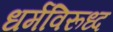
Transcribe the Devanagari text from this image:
धर्मविरूध्द